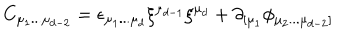
LaTeX: C _ { \mu _ { 1 } . . . \mu _ { d - 2 } } = \epsilon _ { \mu _ { 1 } . . . \mu _ { d } } \xi ^ { \mu _ { d - 1 } } \xi ^ { \mu _ { d } } + \partial _ { \lbrack \mu _ { 1 } } \phi _ { \mu _ { 2 } . . . \mu _ { d - 2 } \rbrack }